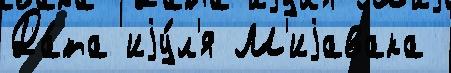
Да́та иjу́л'я М'иjавака